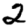
Digit: 2